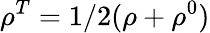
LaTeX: \rho^{T}=1/2(\rho+\rho^{0})